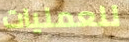
للعمليات